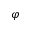
\varphi